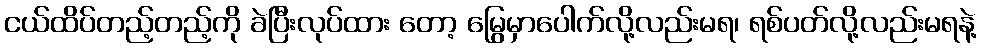
ငယ်ထိပ်တည့်တည့်ကို ခဲပြီးလုပ်ထား တော့ မြွေမှာပေါက်လို့လည်းမရ၊ ရစ်ပတ်လို့လည်းမရနဲ့